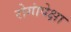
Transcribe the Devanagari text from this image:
रोगांपेक्षा